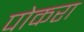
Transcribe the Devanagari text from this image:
पोकरा